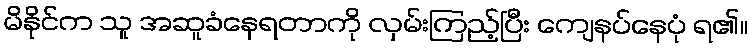
မိနိုင်က သူ အဆူခံနေရတာကို လှမ်းကြည့်ပြီး ကျေနပ်နေပုံ ရ၏။